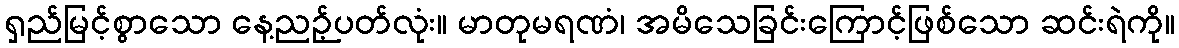
ရှည်မြင့်စွာသော နေ့ညဉ့်ပတ်လုံး။ မာတုမရဏံ၊ အမိသေခြင်းကြောင့်ဖြစ်သော ဆင်းရဲကို။